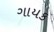
ગાયક